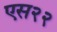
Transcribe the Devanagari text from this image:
एस२२